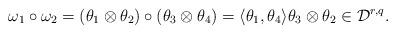
LaTeX: \begin{align*}\omega_1\circ\omega_2=(\theta_1\otimes \theta_2)\circ (\theta_3\otimes \theta_4)=\langle \theta_1,\theta_4\rangle \theta_3\otimes \theta_2\in {\mathcal D}^{r,q}.\end{align*}